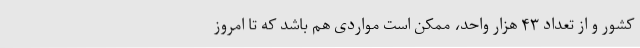
کشور و از تعداد ۴۳ هزار واحد، ممکن است مواردی هم باشد که تا امروز